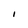
Character: I